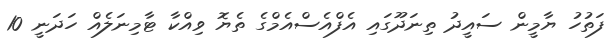
ފަތުހު ޔާމީން ސައީދު ތިނަދޫގައި އެފްއެސްއެމްގެ ތެޔޮ ވިއްކާ ޓާމިނަލެއް ހަދަނީ 10